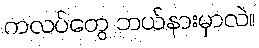
ကလပ်တွေ ဘယ်နားမှာလဲ။